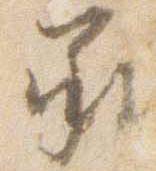
承